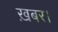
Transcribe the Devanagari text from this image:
ख़बर।